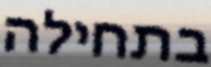
בתחילה